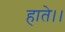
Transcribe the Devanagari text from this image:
हाते।।